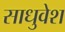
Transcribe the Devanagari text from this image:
साधुवेश